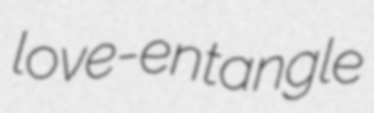
love-entangle